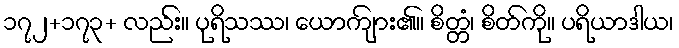
၁၇၂+၁၇၃+ လည်း။ ပုရိသဿ၊ ယောကျ်ား၏။ စိတ္တံ၊ စိတ်ကို။ ပရိယာဒါယ၊